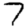
Digit: 7